Calcutta medical institutions reports 1879-81 [i.e.91]
Year: 1879
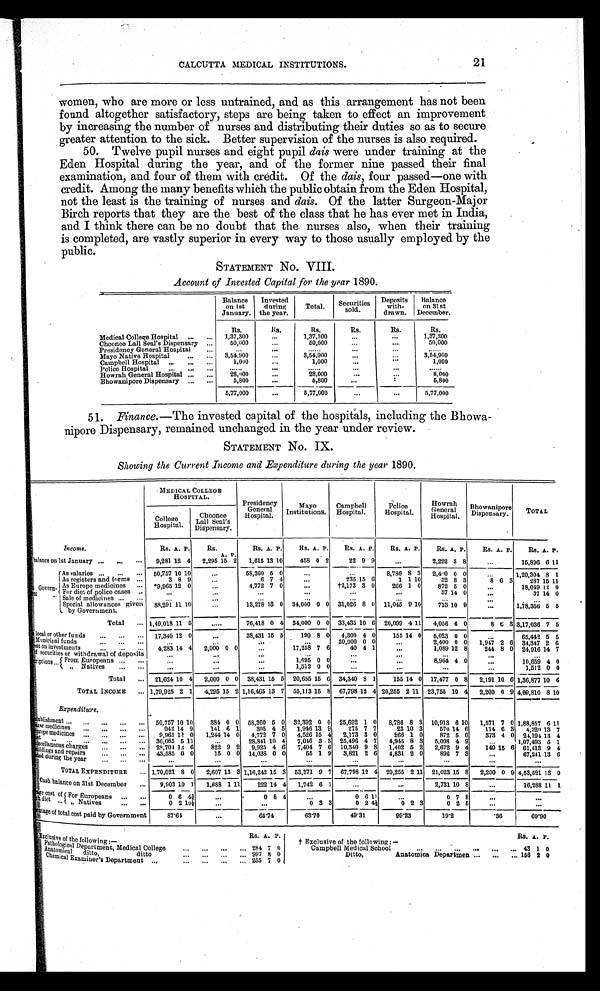
21
CALCUTTA MEDICAL INSTITUTIONS.
women, who are more or less untrained, and as this arrangement has not been
found altogether satisfactory, steps are being taken to effect an improvement
by increasing the number of nurses and distributing their duties so as to secure
greater attention to the sick. Better supervision of the nurses is also required.
50. Twelve pupil nurses and eight pupil dais were under training at the
Eden Hospital during the year, and of the former nine passed their final
examination, and four of them with credit. Of the dais, four passed—one with
credit. Among the many benefits which the public obtain from the Eden Hospital,
not the least is the training of nurses and dais. Of the latter Surgeon-Major
Birch reports that they are the best of the class that he has ever met in India,
and I think there can be no doubt that the nurses also, when their training
is completed, are vastly superior in every way to those usually employed by the
public.
STATEMENT NO. VIII.
Account of Invested Capital for the year 1890.
Balance
on 1st
January.
Invested
during
the year.
Total. Securities
sold.
Deposits
with-
drawn.
Balance
on 31st
December.
Rs.
Rs.
Rs.
Rs.
Rs.
Rs.
Medical College Hospital ... ... 1,37,300
. . .
1,37,300
...
...
1,37,300
Choonee Lall Seal's Dispensary ...
50,000
. . .
50,000
. . .
. . .
50,000
Presidency General Hospital
...
. . .
. . .
. . . . . .
...
...
. . . . . .
Mayo Native Hospital
... ... 3,54,900
. . .
3,54,900
...
...
3,54:900
Campbell Hospital ... ... ...
1,000
. . .
1,000
...
. . .
1,000
Police Hospita
... ... ...
......
...
. . . . . .
...
. . .
......
Howrah General Hospital ... ...
28,000
. . .
28,000
...
. . .
8,000
Bhowanipore Dispensary ... ...
5,800
. . .
5,800
...
. .
5,800
5,77,000
. . .
5,77,000
...
...
5,77,000
51. Finance.—The invested capital of the hospitals, including the Bhowa-
nipore Dispensary, remained unchanged in the year under review.
STATEMENT NO. IX.
Showing the Current Income and Expenditure during the year 1890.
MEDICAL COLLEGE
HOSPITAL.
Presidency
General
Hospital.
Mayo
Institutions.
Campbell
Hospital.
Police
Hospital.
Howrah G e n e r a l
Hospital.
Bhowanipore
Dispensary.
TOTAL
College
Hospital.
Choonee
Lall Seal's
Dispensary.
Income.
Rs. A. P.
Rs. A. P.
Rs. A. P. Rs. A. P.
Rs. A. P.
Rs. A. P.
Rs. A. P.
Rs. A. P.
Rs. A. P.
balance on 1st January ... ... ... 9,281 12 4 2,295 15 2 1,615 13 10
458 0 2
22 9 9
. . .
2,222 3 8
. . . 15,896 6 11
Govern-
ment . . .
As salaries ... ... ... 50,757 10 10
...
58,360 5 0
. . .
. . . 8,786 8 3 2,400 0 0
...
1,20,304 8 1
As registers and forms ...
3 8 9
. . .
6 7 4
...
235 15 6
1 1 10
32 8 3
8 6 3
287 15 11
As Europe medicines ... *9,965 12 0
...
4,772 7 0
...
†2,173 3 0
266 1 0
872 5 0
. . .
18,049 12 0
F o r d i e t
o f
p o l i c e c a s e s ..
...
...
...
...
. . .
...
37 14 0
...
37 14 0
Sale of medicines ... ...
. . .
...
. . .
...
. . .
. . .
. . .
...
. . .
Special allowances given
by Government.
80,291 11 10
...
13,273 13 0 34,000 0 0 31,026 8 0 11,045 9 10
713 10 9
. . . 1,78,356 5 5
Total ... 1,49,018 11 5
.....
76,418 0 4 34,000 0 0 33,435 10 6 20,099 4 11 4,056 6 0
8 6 3 3,17,036 7 5
local or other funds
...
. . .
. . . 17,340 12 0
...
38,431 15 5
190 8 0 4,300 4 0
155 14 0 5,023 0 0
. . . 65,442 5 5
Municipal funds
...
. . .
. . .
. . .
. . .
. . .
. . . 30,000 0 0
. . . 2,400 0 0 1,947 2 6 34,347 2 6
est on investments
...
. . .
. . . 4,283 14 4 2,000 0 0
. . .
17,258 7 6
40 4 1
. . .
1,089 12 8
244 8 0 24,916 14 7
o f
s e c u r i t i e s
o r
w i t h d r a w a l
o f
d e p o s i t s
...
. . .
. . .
. . .
. . .
...
. . .
. . .
. . .
r i p t i o n s . . . From Europeans ... ...
...
...
...
1,695 0 0
...
...
8,964 4 0
. . .
10,659 4 0
" Natives ... ...
...
...
. . . 1,512 0 0
. . .
. . .
. . . ...
1,512 0 0
Total ... 21,624 10 4 2,000 0 0 38,431 15 5 20,655 15 6 34,340 8 1
155 14 0 17,477 0 8 2,191 10 6 1,36,877 10 6
TOTAL INCOME ... 1,79,925 2 1 4,295 15 2 1,16,465 13 7 55,113 15 8 67,798 12 4 20,255 2 1 1 23,755 10 4 2,200 0 9 4,69,810 8 10
Expenditure.
ablishment ... ... ...
. . .
. . . 50,757 10 10
384 0 0 58,360 5 0 32,392 0 0 25,692 1 0 8,786 8 3 10,913 6 10 1,571 7 0 1,88,857 6 11
zar medicines ... ... ... ...
942 14 9
141 6 1
305 4 5 1,946 13 9
275 7 7
23 10 3
570 14 6
114 6 3 4,320 13 7
uropem e d i c i n e s ... ... ... ... 9,965 1 2 0 1,244 14 0 4,772 7 0 4,526 15 4 2,173 3 0
266 1 0
872 5 0
373 4 0 24,194 13 4
e t
... ...
. . .
...
. . . . . . 36,065 5 11
. . .
28,841 10 4 7,046 3 3 25,496 4 7 4,945 8 3 5,098 4 9
. . .
1,07,493 5 1
M i s c e l l a n e o u s c h a r g e s . ... ...
... 29,704 12 6
822 9 2 9,925 4 6 7,404 7 6 10,340 9 8 1,402 5 2 2,672 9 4
140 15 6 61,413 9 4
ildings and repairs ... . . .
. . . 43,585 0 0
15 0 0 14,038 0 0
55 1 9 3,821 2 6 4,831 2 0
896 7 3
. . .
67,241 13 6
t e d d u r i n g
t h e
y e a r
... . . .
. . .
...
. . .
...
...
...
...
...
...
...
TOTAL EXPENDITURE ... 1,70,021 8 0 2,607 13 3 1,16,242 15 3 53,371 9 7 67,798 12 4 20,255 2 11 21,023 15 8 2,200 0 9 4,53,521 13 9
Cash balance on 31st December ... 9,903 10 3 1,688 1 11
222 14 4 1,742 6 1
. . .
. . .
2,731 10 8
. . .
1 6 , 2 8 8
11 1
ge cost of
diet ... For Europeans
... ...
0 6 4¾
. . .
0 8 4
...
0 6 11
. . .
0 7 8
. . .
. . .
" Natives
... ...
0 2 10¼
. . .
...
0
3 3
0 2 4½ 0
2 3
0 2 5
...
...
e n t a g e o f t o t a l c o s t p a i d b y G o v e r n m e n t
87. 64
...
65. 74
63.70
49.31
99. 23
19.2
.36
69.90
Rs. A. P.
Rs. A. P.
Exclusive of the following:
—
† Exclusive of the following:—
Pathological Department, Medical College
. . .
. . . . . .
. . . 284 7 0
Campbell Medical School
... ... ...
. . .
. . . . . . 43 1 0
Anatomical ditto
, d i t t o
... ... . . .
. . . 997 8 0
Ditto,
Anatomica Departmen ... ... ... 156 2 0
Chemical Examiner's Department ...
... ... ... ... 255 7 0